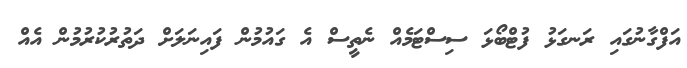
އަފްގާނުގައި ރަނގަޅު ފުޓްބޯޅަ ސިސްޓަމެއް ނެތީސް އެ ގައުމުން ފައިނަލަށް ދަތުރުކުރުމުން އެއް